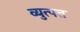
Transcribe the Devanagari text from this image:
व्युत्पत्त